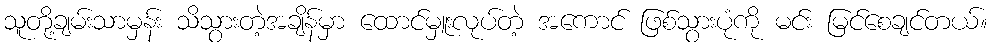
သူတို့ချမ်းသာမှန်း သိသွားတဲ့အချိန်မှာ ထောင်မှူးလုပ်တဲ့ အကောင် ဖြစ်သွားပုံကို မင်း မြင်စေချင်တယ်။